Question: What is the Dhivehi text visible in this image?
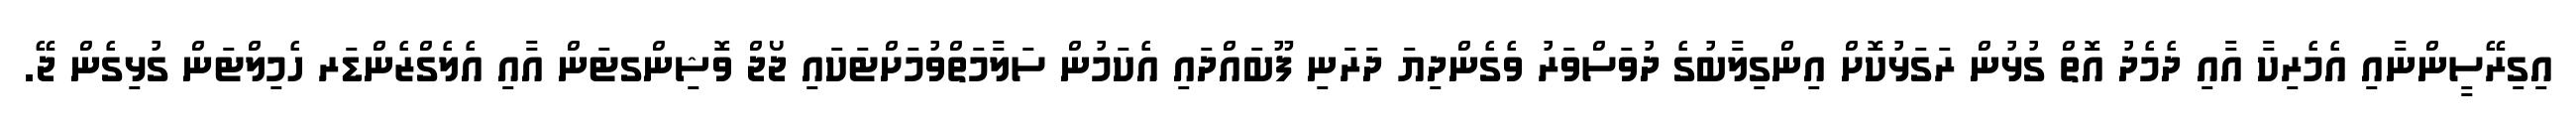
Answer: އިގިރޭސީންނާއި އެމެރިކާ އާއި ދެމެދު އޮތް ގުޅުން ރަގަޅުކޮށް އިންގިލާބުގެ ދުވަސްވަރު ވެގެންދިޔަ ދަރަނި ފޫބައްދައި އެކަމުން ސަލާމަތްވުމަށްޓަކައި ޖޯޖް ވޮޝިންގޓަން އާއި އެލެގްޒެންޑަރ ހެމިލްޓަން ގުޅިގެން ޖޭ.